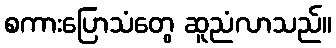
စကားပြောသံတွေ ဆူညံလာသည်။